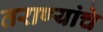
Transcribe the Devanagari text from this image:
तराण्यांचे